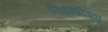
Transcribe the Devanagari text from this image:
विवाहादिशुभ